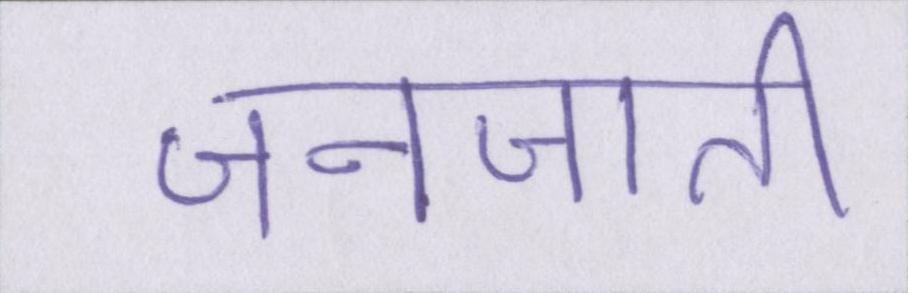
जनजाति